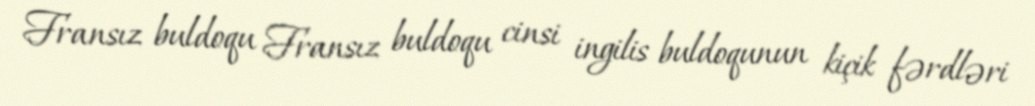
Fransız buldoqu Fransız buldoqu cinsi ingilis buldoqunun kiçik fərdləri